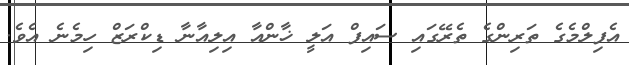
އެފިލްމެގެ ތަރިންގެ ތެރޭގައި ސައިފް އަލީ ޚާންއާ އިލިއާނާ ޑިކްރަޒް ހިމެނެ އެވެ.